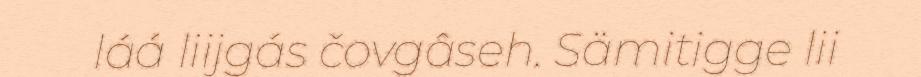
láá liijgás čovgâseh. Sämitigge lii